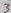
Text: 3